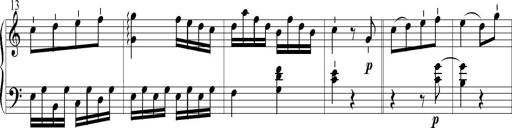
Title: 6 Leichte Sonatinen, Teil 1
Composer: F. Sigismund Sander